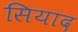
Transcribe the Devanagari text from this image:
सियाद